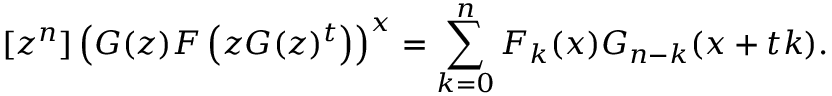
[ z ^ { n } ] \left( G ( z ) F \left( z G ( z ) ^ { t } \right) \right) ^ { x } = \sum _ { k = 0 } ^ { n } F _ { k } ( x ) G _ { n - k } ( x + t k ) .